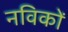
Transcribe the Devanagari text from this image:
नविकों